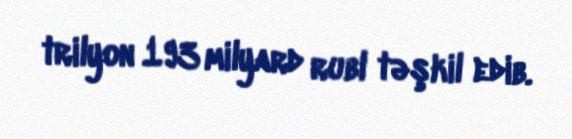
trilyon 193 milyard rubl təşkil edib.